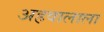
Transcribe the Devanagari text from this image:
अहवालाला